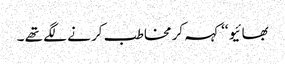
بھائیو ‘‘ کہہ کر مخاطب کر نے لگے تھے ۔